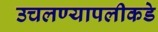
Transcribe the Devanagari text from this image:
उचलण्यापलीकडे